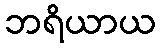
ဘရိယာယ